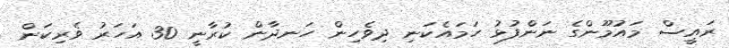
ރައީސް މައުމޫންގެ ނަންފުޅު ހަމައެކަނި ދިވެހިން ހަނދާން ކުރާނީ 30 އަހަރު ވެރިކަން